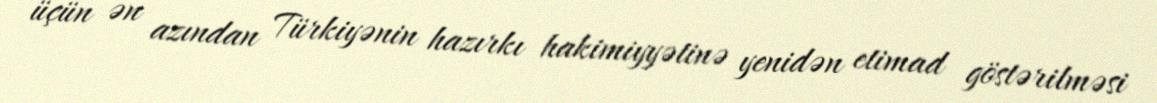
üçün ən azından Türkiyənin hazırkı hakimiyyətinə yenidən etimad göstərilməsi